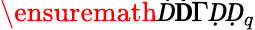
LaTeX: \ensuremath Ḋ\mathbf Ḋ\Gamma ḌḌ_{q}